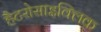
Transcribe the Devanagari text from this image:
हैटरोसाइक्लिक